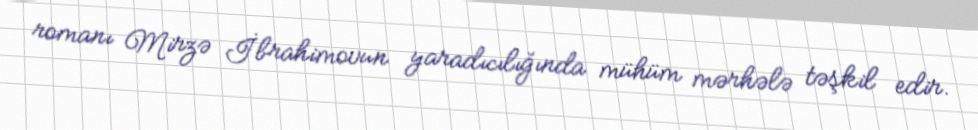
romanı Mirzə İbrahimovun yaradıcılığında mühüm mərhələ təşkil edir.